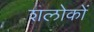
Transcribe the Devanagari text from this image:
शलोकों